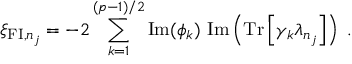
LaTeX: \xi _ { \mathrm { { \small F I } } , n _ { j } } = - 2 \sum _ { k = 1 } ^ { ( p - 1 ) / 2 } \mathrm { I m } ( \phi _ { k } ) ~ \mathrm { I m } \left( \mathrm { T r } \left[ \gamma _ { k } \lambda _ { n _ { j } } \right] \right) ~ .